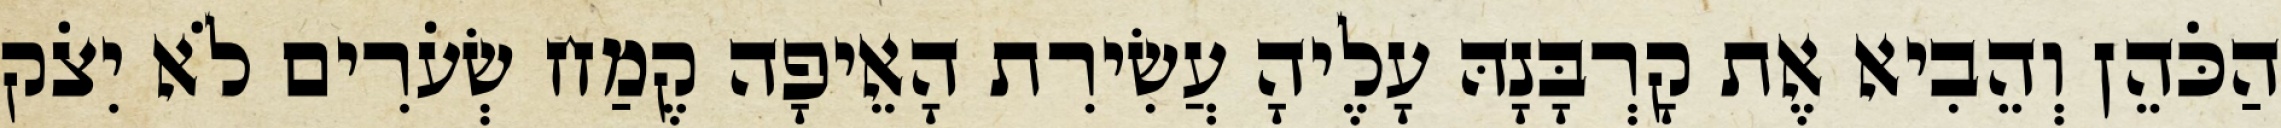
הַכֹּהֵן וְהֵבִיא אֶת קָרְבָּנָהּ עָלֶיהָ עֲשִׂירִת הָאֵיפָה קֶמַח שְׂעֹרִים לֹא יִצֹק